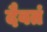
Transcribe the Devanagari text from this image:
दैवतं